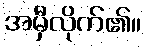
အမှီလိုက်၏။